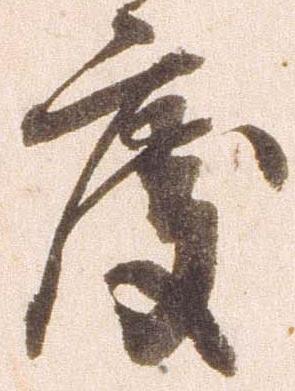
度